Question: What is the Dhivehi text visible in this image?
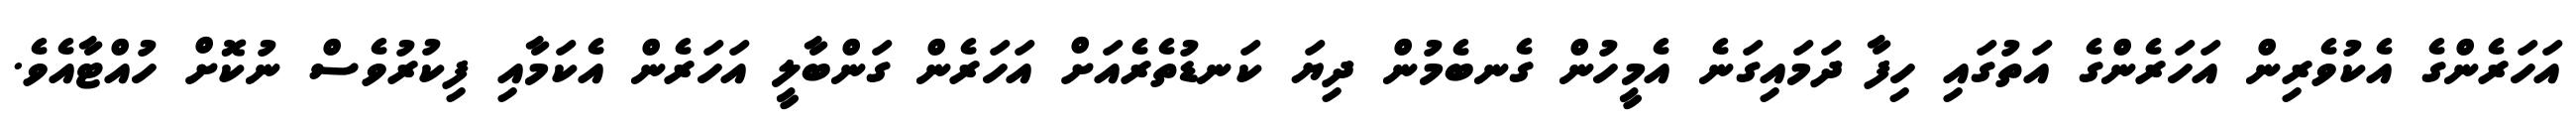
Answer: އަހަރެންގެ އެކުވެރިން އަހަރެންގެ އަތުގައި ހިފާ ދަމައިގަނެ އެމީހުން ގެނބެމުން ދިޔަ ކަނޑުތެރެއަށް އަހަރެން ގަންބާލީ އަހަރެން އެކަމާއި ފިކުރުވެސް ނުކޮށް ހުއްޓާއެވެ.